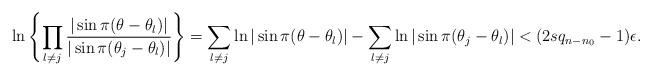
LaTeX: \begin{align*} \ln\left\lbrace\prod_{l\neq j} \frac{|\sin\pi(\theta-\theta_l)|}{|\sin\pi(\theta_j-\theta_l)|}\right\rbrace=\sum_{l\neq j} \ln|\sin\pi(\theta-\theta_l)|-\sum_{l\neq j} \ln|\sin\pi(\theta_j-\theta_l)|< (2sq_{n-n_0}-1)\epsilon.\end{align*}